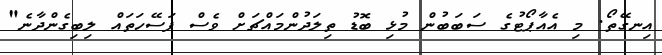
އިނގޭތޯ. މި އެއާޕޯޓުގެ ސަބަބުން މުޅި ބޮޑު ތިލަދުންމައްޗަށް ވެސް ފަސޭހަތައް ލިބިގެންދާނެ"